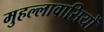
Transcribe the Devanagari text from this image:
मुहल्लावासियों